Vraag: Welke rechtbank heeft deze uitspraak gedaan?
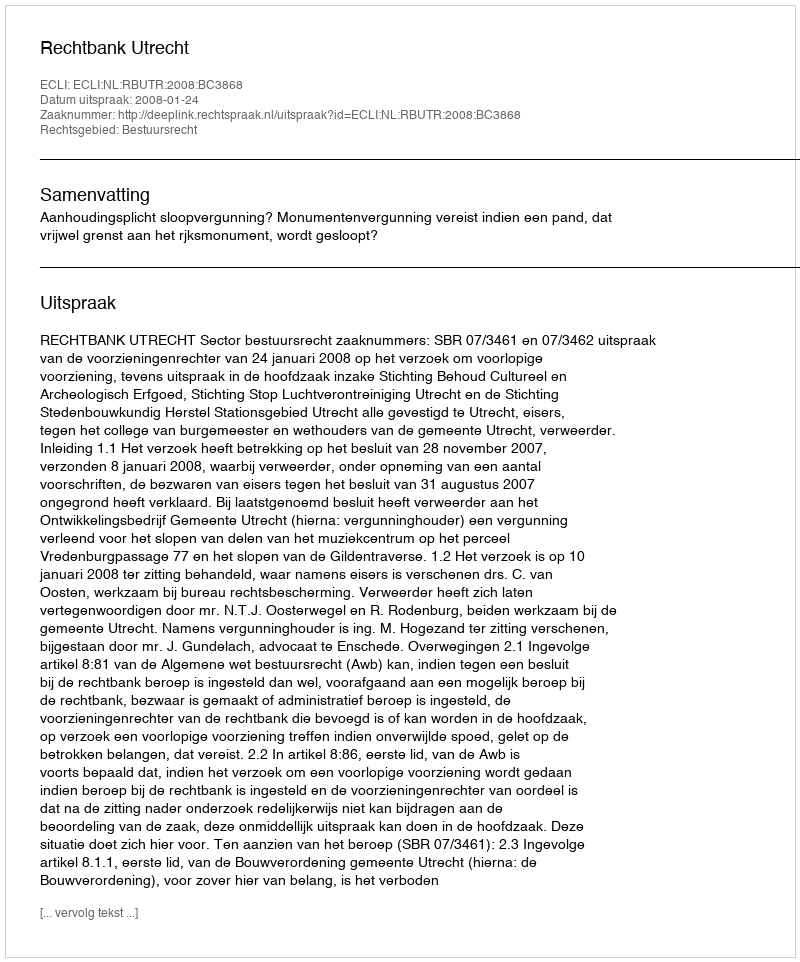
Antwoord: Rechtbank Utrecht